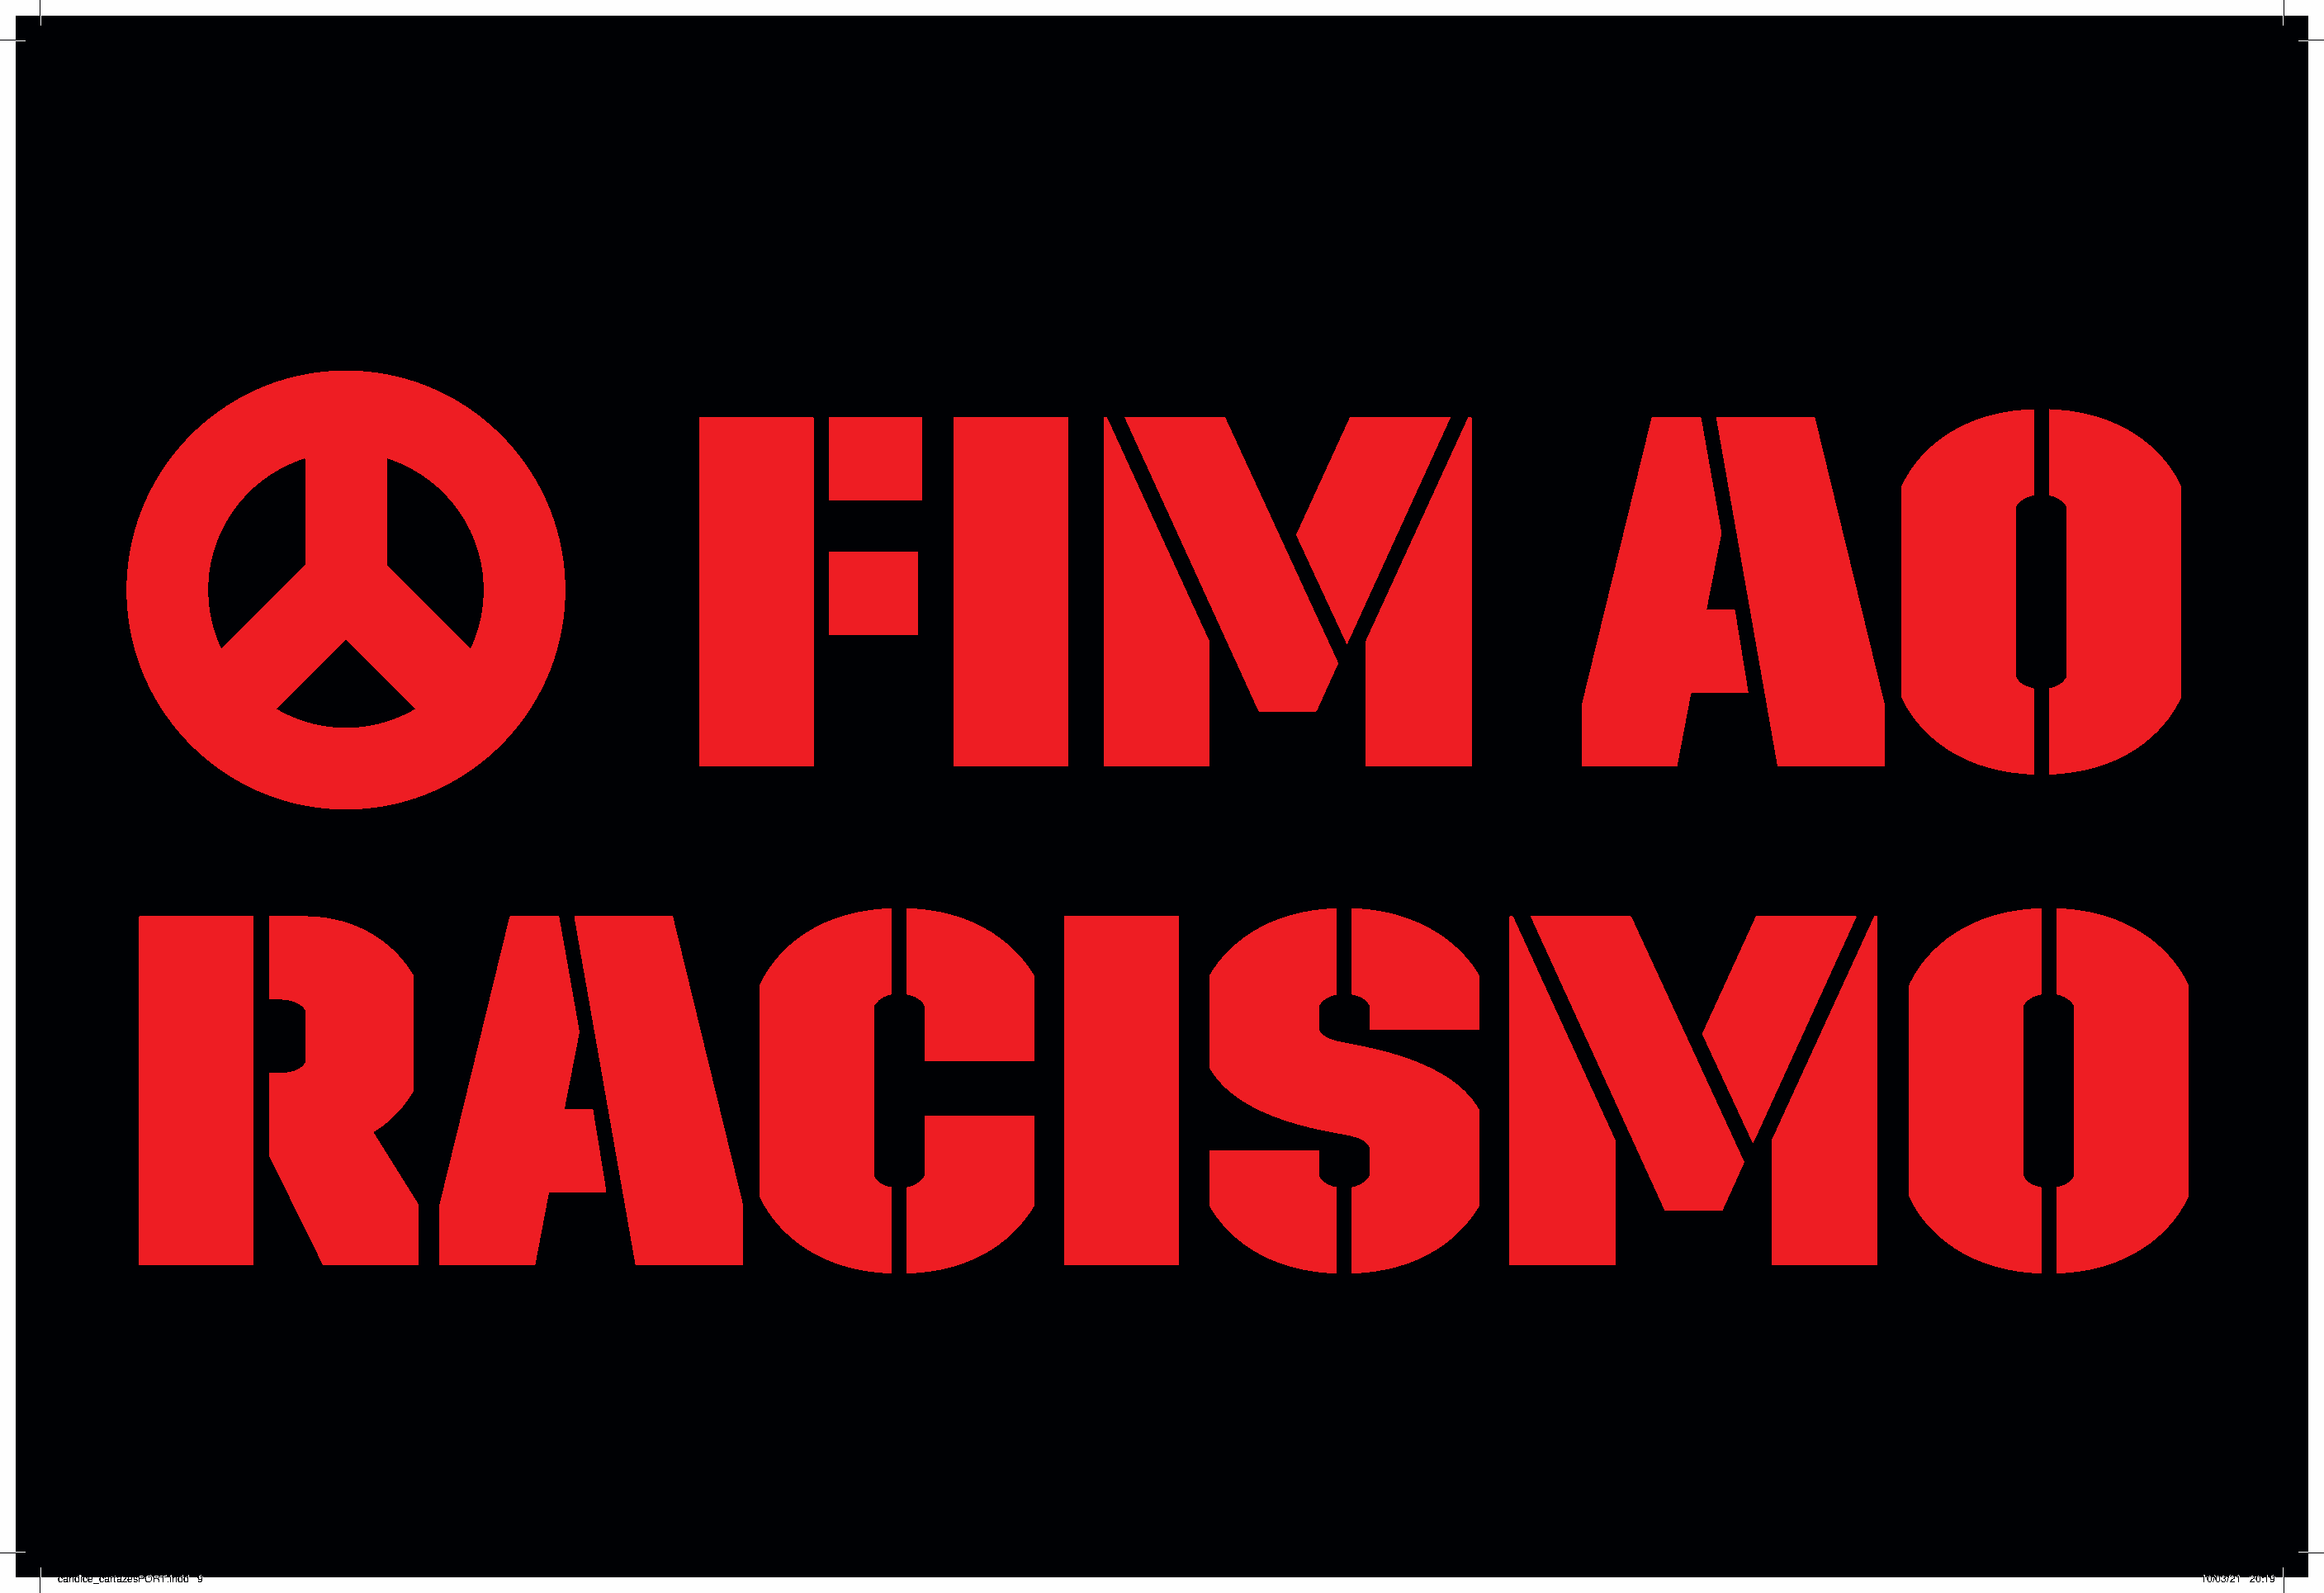
FIM                                                                     AO
 RACISMO
 candice_cartazesPORT.indd 9                                                                                                                                                10/03/21 20:19